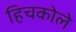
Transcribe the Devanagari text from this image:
हिचकोले